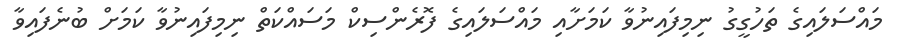
މައްސަލައިގެ ތަހުގީގު ނިމިފައިނުވާ ކަމަށާއި މައްސަލައިގެ ފޮރެންސިކް މަސައްކަތް ނިމިފައިނުވާ ކަމަށް ބުނެފައިވާ